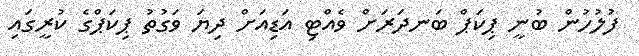
ފުލުހުން ބުނީ ޕިކަޕް ބަނދަރަށް ވެއްޓި އަޑިއަށް ދިޔަ ވަގުތު ޕިކަޕްގެ ކުރީގައި